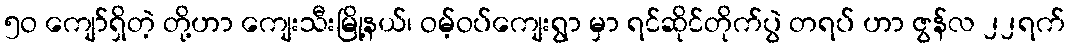
၅ဝ ကျော်ရှိတဲ့ တို့ဟာ ကျေးသီးမြို့နယ်၊ ဝမ့်ဝပ်ကျေးရွာ မှာ ရင်ဆိုင်တိုက်ပွဲ တရပ် ဟာ ဇွန်လ ၂၂ရက်